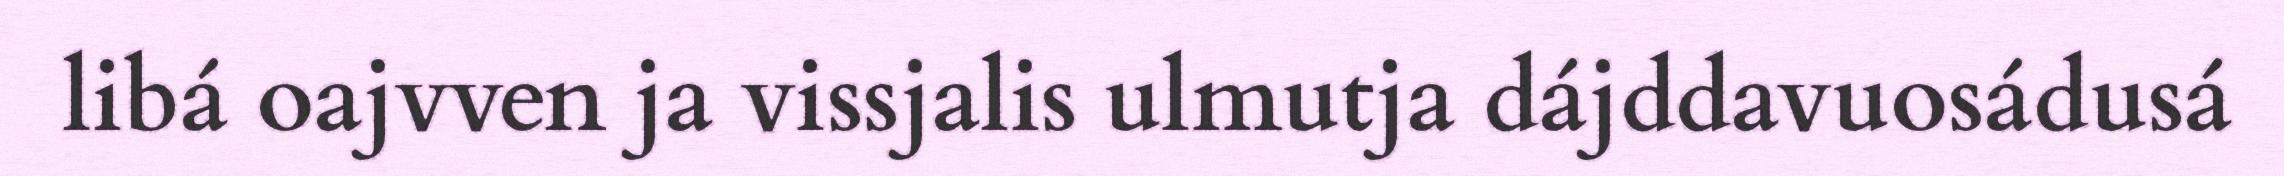
libá oajvven ja vissjalis ulmutja dájddavuosádusá